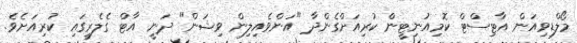
މޯލްޑިވިއަން އާޓިސްޓް ކޮމިއުނިޓީން ކުރިއަށްގެންދާ "އަންވެއިލިން ވިޝަން" ދަނީ އާޓް ގެެލެރީގައި ކުރިއަށެވެ.